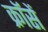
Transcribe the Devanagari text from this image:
क्रॉसें